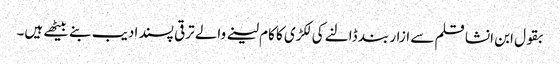
بقول ابن انشا قلم سے ازار بند ڈالنے کی لکڑی کا کام لینے والے ترقی پسند ادیب بنے بیٹھے ہیں۔